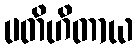
ပတိဟိတာယ